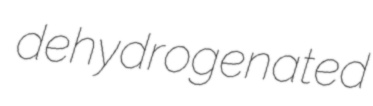
dehydrogenated